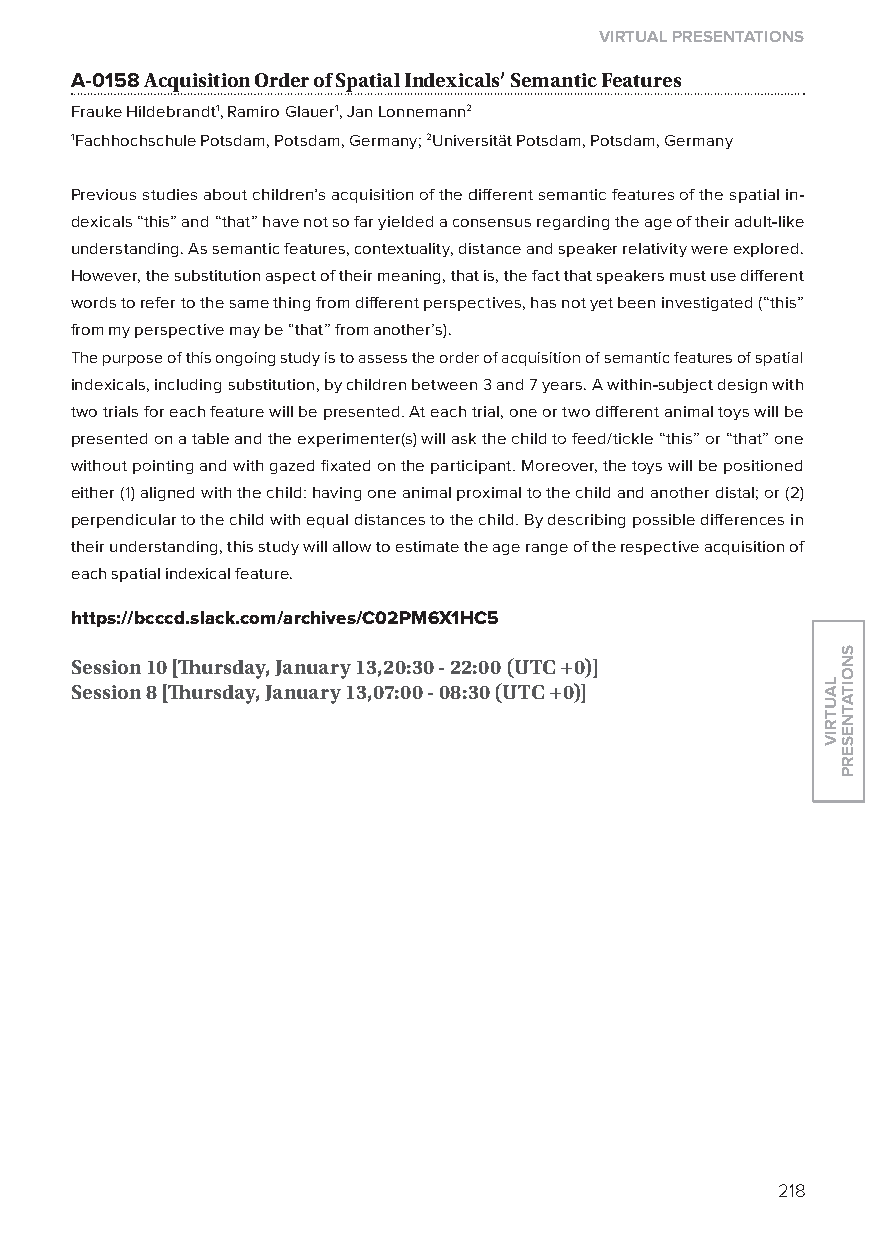
virtual presentations
 A-0158 acquisition Order of spatial indexicals’ semantic features
 Frauke Hildebrandt1, Ramiro Glauer1, Jan lonnemann2
 1Fachhochschule Potsdam, Potsdam, Germany; 2Universität Potsdam, Potsdam, Germany
 Previous studies about children’s acquisition of the different semantic features of the spatial in-
 dexicals “this” and “that” have not so far yielded a consensus regarding the age of their adult-like
 understanding. As semantic features, contextuality, distance and speaker relativity were explored.
 However, the substitution aspect of their meaning, that is, the fact that speakers must use different
 words to refer to the same thing from different perspectives, has not yet been investigated (“this”
 from my perspective may be “that” from another’s).
 The purpose of this ongoing study is to assess the order of acquisition of semantic features of spatial
 indexicals, including substitution, by children between 3 and 7 years. A within-subject design with
 two trials for each feature will be presented. At each trial, one or two different animal toys will be
 presented on a table and the experimenter(s) will ask the child to feed/tickle “this” or “that” one
 without pointing and with gazed fixated on the participant. Moreover, the toys will be positioned
 either (1) aligned with the child: having one animal proximal to the child and another distal; or (2)
 perpendicular to the child with equal distances to the child. By describing possible differences in
 their understanding, this study will allow to estimate the age range of the respective acquisition of
 each spatial indexical feature.
 https://bcccd.slack.com/archives/C02pM6X1hC5
 session 10 [Thursday, January 13,20:30 - 22:00 (utC +0)]
 session 8 [Thursday, January 13,07:00 - 08:30 (utC +0)]
 218
 lautriv
 snoitatneserp